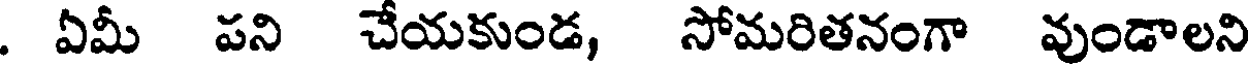
. ఏమీ పని చేయకుండ, సోమరితనంగా వుండాలని